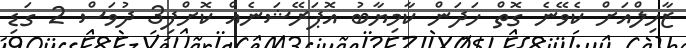
ޒާހިލްއަށް ކެވޭނެ ގޮތް ހަދަން ކާމިޔާބު އޮޕަރޭޝަނެއް ކޮށްފި3 ދުވަސް 2 ގަޑި